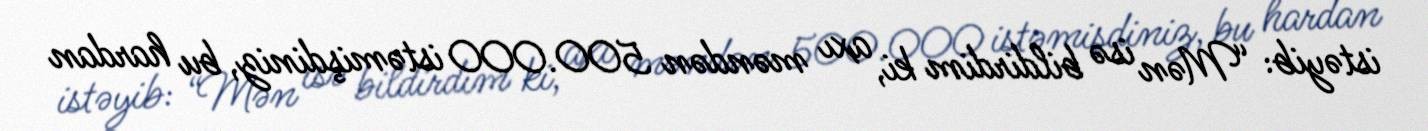
istəyib: “Mən isə bildirdim ki, axı məndən 500.000 istəmişdiniz, bu hardan